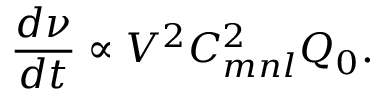
\frac { d \nu } { d t } \propto V ^ { 2 } C _ { m n l } ^ { 2 } Q _ { 0 } .